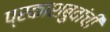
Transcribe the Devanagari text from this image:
प्रकाशबुवांची